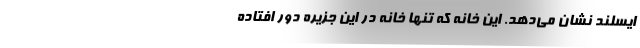
ایسلند نشان می‌دهد. این خانه که تنها خانه در این جزیره دور افتاده